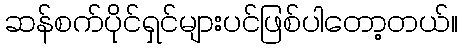
ဆန်စက်ပိုင်ရှင်များပင်ဖြစ်ပါတော့တယ်။